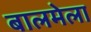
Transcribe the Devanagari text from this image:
बालमेला